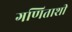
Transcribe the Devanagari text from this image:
गणिताशी